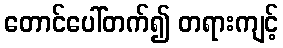
တောင်ပေါ်တက်၍ တရားကျင့်